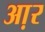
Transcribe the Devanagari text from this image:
आ़र